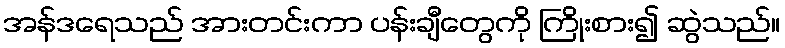
အန်ဒရေသည် အားတင်းကာ ပန်းချီတွေကို ကြိုးစား၍ ဆွဲသည်။